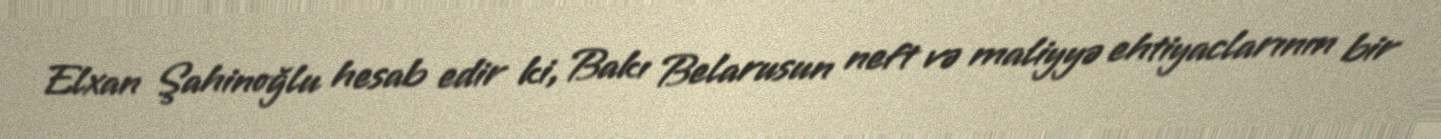
Elxan Şahinoğlu hesab edir ki, Bakı Belarusun neft və maliyyə ehtiyaclarının bir